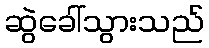
ဆွဲခေါ်သွားသည်